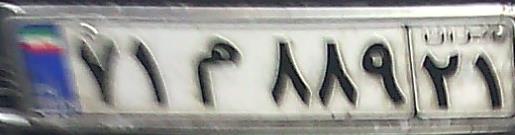
۷۱م۸۸۹۲۱